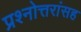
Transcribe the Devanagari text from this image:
प्रश्नोत्तरांसह